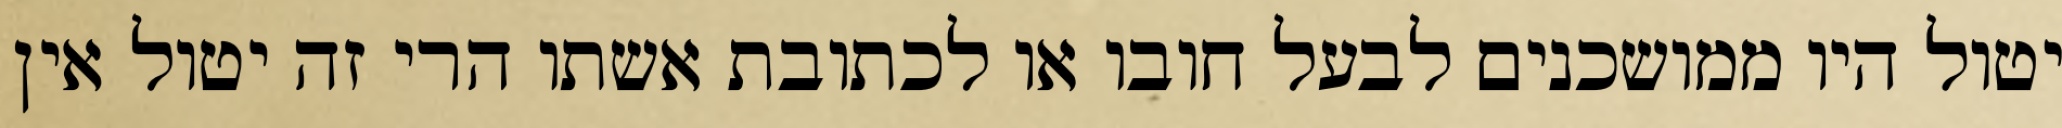
יטול היו ממושכנים לבעל חובו או לכתובת אשתו הרי זה יטול אין